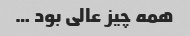
همه چیز عالی بود …